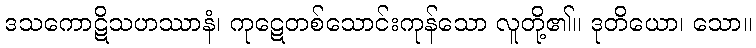
ဒသကောဋိသဟဿာနံ၊ ကုဋေတစ်သောင်းကုန်သော လူတို့၏။ ဒုတိယော၊ သော။